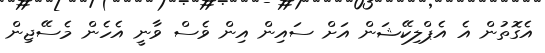
އެގޮތުން އެ އެޕްލިކޭޝަން އަށް ސައިން އިން ވެސް ވާނީ އެހެން މެސޭޖިން